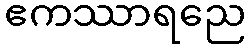
ဧကဿာရညေ